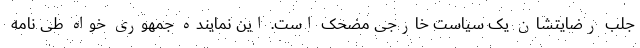
جلب رضایتشان یک سیاست خارجی مضحک است. این نماینده جمهوری خواه طی نامه